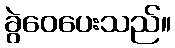
ခွဲဝေပေးသည်။